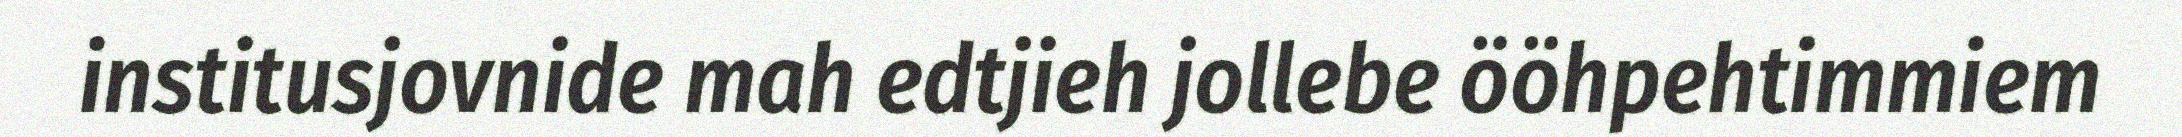
institusjovnide mah edtjieh jollebe ööhpehtimmiem